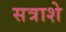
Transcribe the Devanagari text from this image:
सत्राशे